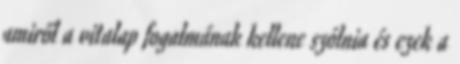
amiről a vitalap fogalmának kellene szólnia és ezek a